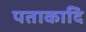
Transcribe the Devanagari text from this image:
पताकादि